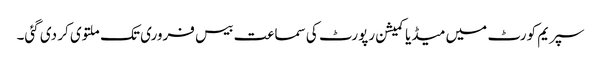
سپریم کورٹ میں میڈیا کمیشن رپورٹ کی سماعت بیس فروری تک ملتوی کر دی گئی۔